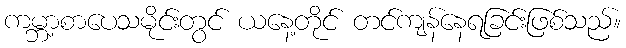
ကမ္ဘာ့စာပေသမိုင်းတွင် ယနေ့တိုင် တင်ကျန်နေရခြင်းဖြစ်သည်။